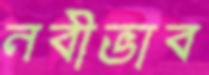
নবীভাব